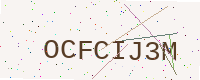
Text: OCFCIJ3M